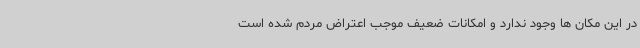
در این مکان ها وجود ندارد و امکانات ضعیف موجب اعتراض مردم شده است